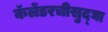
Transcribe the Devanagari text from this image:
कॅलेंडरचीसुद्घा